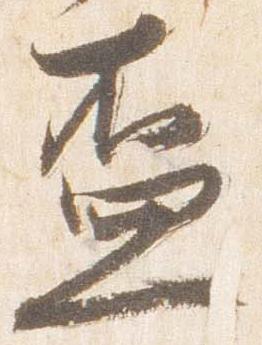
盃